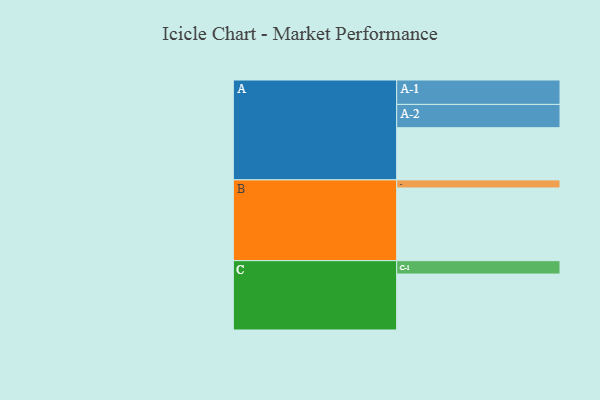
{"axis": {"x": "Segment", "y": "Value"}, "legend": ["", "A", "B", "C"], "data": [{"x": "A", "y": 374, "type": ""}, {"x": "B", "y": 521, "type": ""}, {"x": "C", "y": 401, "type": ""}, {"x": "A-1", "y": 175, "type": "A"}, {"x": "A-2", "y": 167, "type": "A"}, {"x": "B-1", "y": 58, "type": "B"}, {"x": "C-1", "y": 96, "type": "C"}]}